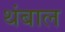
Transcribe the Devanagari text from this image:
थंबाल